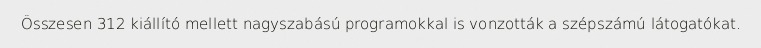
Összesen 312 kiállító mellett nagyszabású programokkal is vonzották a szépszámú látogatókat.